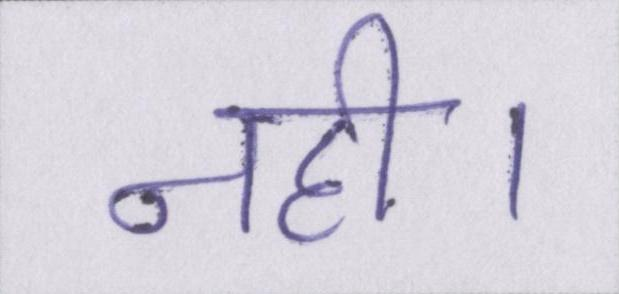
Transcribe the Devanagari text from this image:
नही।